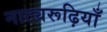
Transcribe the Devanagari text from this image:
नाट्यरूढ़ियाँ